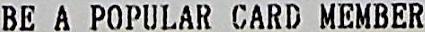
BE A POPULAR CARD MEMBER